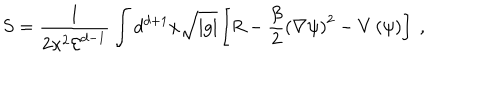
S = \frac { 1 } { 2 \kappa ^ { 2 } { \mathcal E } ^ { d - 1 } } \int d ^ { d + 1 } x \sqrt { | g | } \left[ R - \frac { \beta } { 2 } \left( \nabla \psi \right) ^ { 2 } - V \left( \psi \right) \right] \ ,